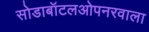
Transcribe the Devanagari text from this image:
सोडाबॉटलओपनरवाला